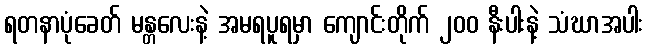
ရတနာပုံခေတ် မန္တလေးနဲ့ အမရပူရမှာ ကျောင်းတိုက် ၂၀၀ နီးပါးနဲ့ သံဃာအပါး